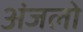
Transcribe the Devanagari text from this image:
अंजलो